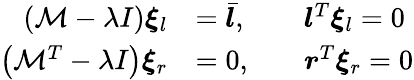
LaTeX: \begin{array}{rlrl}{(\mathcal{M}-\lambda I)\boldsymbol{\xi}_{l}}&{=\bar{\boldsymbol{l}},}&&{\boldsymbol{l}^{T}\boldsymbol{\xi}_{l}=0}\\ {\left(\mathcal{M}^{T}-\lambda I\right)\boldsymbol{\xi}_{r}}&{=0,}&&{\boldsymbol{r}^{T}\boldsymbol{\xi}_{r}=0}\end{array}